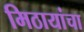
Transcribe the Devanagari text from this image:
मिठायांचा